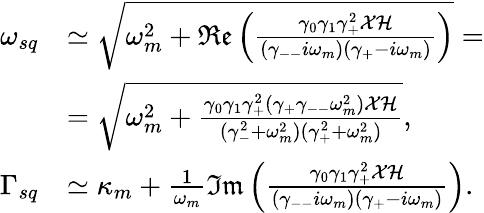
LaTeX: \begin{array}{rl}{\omega_{sq}}&{\simeq\sqrt{\omega_{m}^{2}+\mathfrak{Re}\left(\frac{\gamma_{0}\gamma_{1}\gamma_{+}^{2}\mathcal{X}\mathcal{H}}{(\gamma_{--}i\omega_{m})(\gamma_{+}-i\omega_{m})}\right)}=}\\ &{=\sqrt{\omega_{m}^{2}+\frac{\gamma_{0}\gamma_{1}\gamma_{+}^{2}(\gamma_{+}\gamma_{--}\omega_{m}^{2})\mathcal{X}\mathcal{H}}{(\gamma_{-}^{2}+\omega_{m}^{2})(\gamma_{+}^{2}+\omega_{m}^{2})}},}\\ {\Gamma_{sq}}&{\simeq\kappa_{m}+\frac{1}{\omega_{m}}\mathfrak{Im}\left(\frac{\gamma_{0}\gamma_{1}\gamma_{+}^{2}\mathcal{X}\mathcal{H}}{(\gamma_{--}i\omega_{m})(\gamma_{+}-i\omega_{m})}\right).}\end{array}